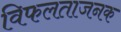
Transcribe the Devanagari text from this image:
विफलताजनक